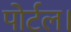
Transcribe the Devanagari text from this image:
पोर्टल।